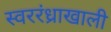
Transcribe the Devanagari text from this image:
स्वररंध्राखाली